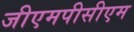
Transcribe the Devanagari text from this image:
जीएमपीसीएम